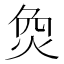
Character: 烉